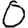
Digit: 0